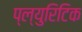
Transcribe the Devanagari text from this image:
प्ल्युरिटिक